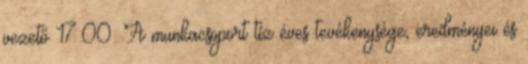
vezető 17:00: A munkacsoport tíz éves tevékenysége, eredményei és